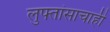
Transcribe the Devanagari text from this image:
लुफ्तांसाचाही